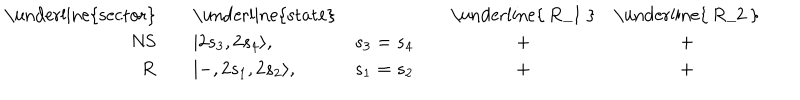
LaTeX: \begin{array} { r c l c c c c } { { \mathrm { \underline { { { s e c t o r } } } } } } & { { { } } } & { { \mathrm { \underline { { { s t a t e } } } } } } & { { { } } } & { { { } } } & { { \mathrm { \underline { { { ~ R _ { 1 } ~ } } } } } } & { { \mathrm { \underline { { { ~ R _ { 2 } ~ } } } } } } \\ { { \mathrm { N S } } } & { { { } } } & { { | 2 s _ { 3 } , 2 s _ { 4 } \rangle , } } & { { s _ { 3 } = s _ { 4 } } } & { { { } } } & { { + } } & { { + } } \\ { { \mathrm { R } } } & { { { } } } & { { | - , 2 s _ { 1 } , 2 s _ { 2 } \rangle , } } & { { s _ { 1 } = s _ { 2 } } } & { { { } } } & { { + } } & { { + } } \\ \end{array}